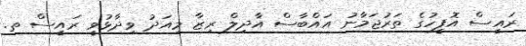
ރައީސް އޮފީހުގެ ތަރުޖަމާނު އައްބާސް އާދިލް ރިޒާ މިއަދު ވިދާޅުވީ ރައީސް ތ.